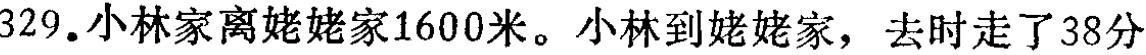
329.小林家离姥姥家1600米。小林到姥姥家，去时走了38分